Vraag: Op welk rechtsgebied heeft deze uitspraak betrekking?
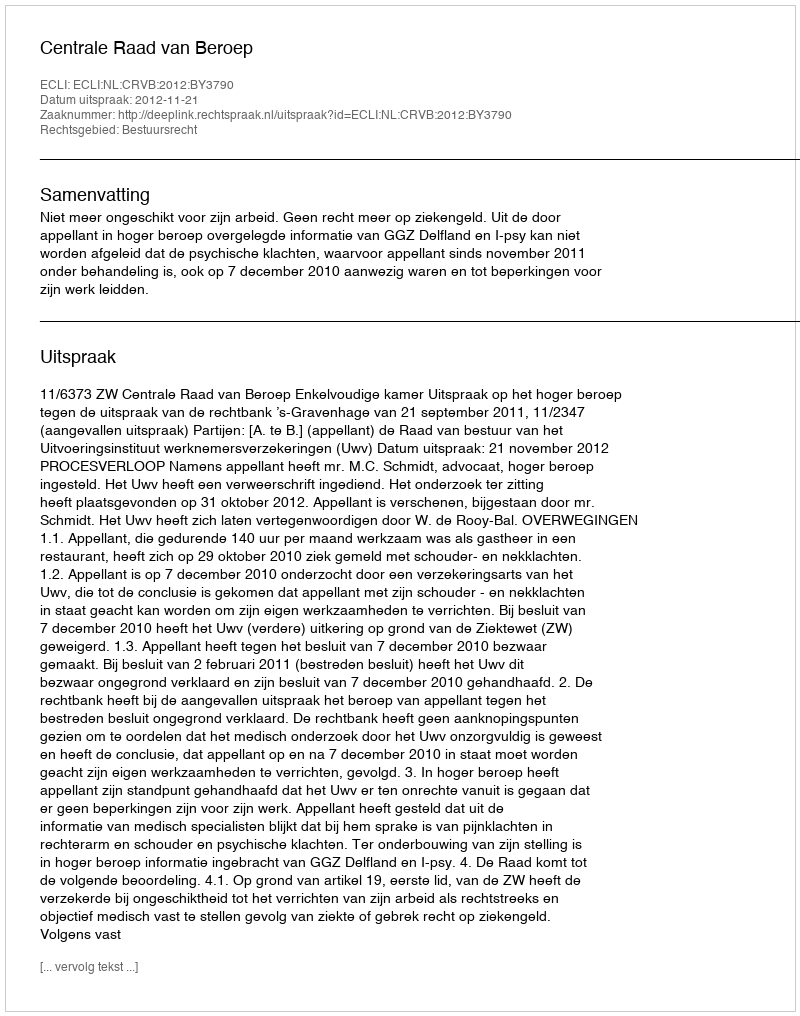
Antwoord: Bestuursrecht